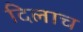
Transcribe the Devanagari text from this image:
दिलाच